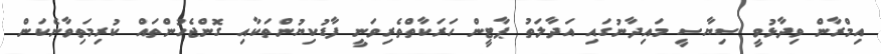
އިމްރާން ވިދާޅުވީ ސިޔާސީ މައިދާނުގައި އަދާލަތު ޕާޓީން ހަރަކާތްތެރިވަނީ ފާޑުކިޔުންތަކާއި ގޮންޖެހުންތައް ކުރިމަތިވާނެކަން